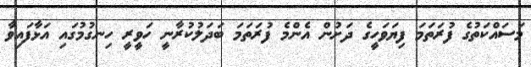
މަސައްކަތުގެ ފުރަތަމަ ފިޔަވަހީގެ ދަށުން އެންމެ ފުރަތަމަ ބަދަލުކުރާނީ ހަވީރީ ހިނގުމުގައި އަޅާފައިވާ